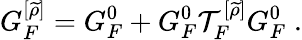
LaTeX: G_{F}^{[\widetilde{\rho}]}=G_{F}^{0}+G_{F}^{0}{\cal T}_{F}^{[\widetilde{\rho}]}G_{F}^{0}\; .